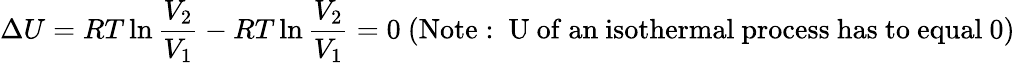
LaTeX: \Delta U=RT\ln{\frac{V_{2}}{V_{1}}}-RT\ln{\frac{V_{2}}{V_{1}}}=0{\mathrm{~(Note:~U~of~an~isothermal~process~has~to~equal~0)}}